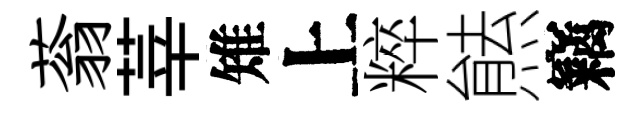
蓊莘雉上粹㷱竊